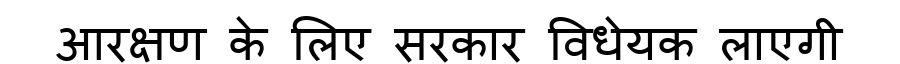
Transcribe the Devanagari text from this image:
आरक्षण के लिए सरकार विधेयक लाएगी